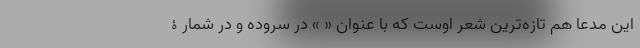
این مدعا هم تازه‌ترین شعر اوست که با عنوان « » در سروده و در شمارۀ